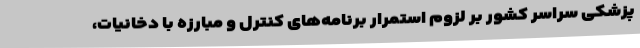
پزشکی سراسر کشور بر لزوم استمرار برنامه‌های کنترل و مبارزه با دخانیات،